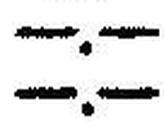
—.—